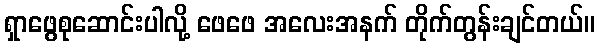
ရှာဖွေစုဆောင်းပါလို့ ဖေဖေ အလေးအနက် တိုက်တွန်းချင်တယ်။